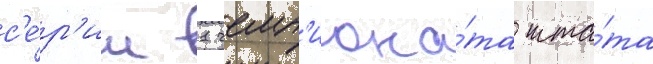
с'е́р'ии 1 чемп'иона́та шта́та